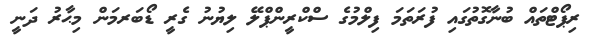
ރިޕޯޓްތައް ބުނާގޮތުގައި ފުރަތަމަ ފިލްމުގެ ސްކްރީންޕްލޭ ލިޔުނު ގެރީ ޑޯބަރމަން މިޙާރު ދަނީ